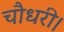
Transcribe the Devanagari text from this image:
चौधरी।